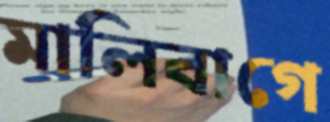
মালিবাগে